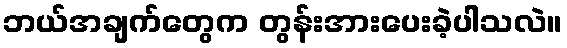
ဘယ်အချက်တွေက တွန်းအားပေးခဲ့ပါသလဲ။